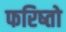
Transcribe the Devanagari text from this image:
फरिष्तो